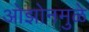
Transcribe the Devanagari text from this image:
ओझोनमुळे